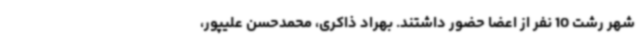
شهر رشت 10 نفر از اعضا حضور داشتند. بهراد ذاکری، محمدحسن علیپور،